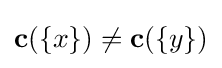
\mathbf {c} (\{x\})\neq \mathbf {c} (\{y\})